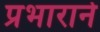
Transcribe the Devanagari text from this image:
प्रभाराने